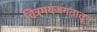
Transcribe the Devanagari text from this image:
चित्रमयजगतातून